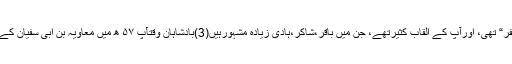
آپ کی کنیت ”ابوجعفر“ تھی، اورآپ کے القاب کثیرتھے، جن میں باقر،شاکر،ہادی زیادہ مشہورہیں(3)بادشاہان وقتآپ ۵۷ ھ میں معاویہ بن ابی سفیان کے عہد میں پیدا ہوئے ۔